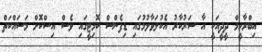
އިބްރާހީމް ދީދީއަކީ އާ ސަރުކާރު އެކުލަވާލުމުގައި ޑިފެންސް ކޮމިޓީގައި ވެސް އިސްކޮށް މަސައްކަތް